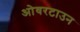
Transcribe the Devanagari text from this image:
ओवरटाउन